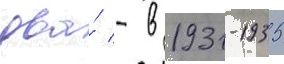
два́ - в 1931-1935